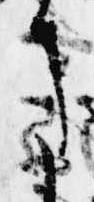
に